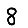
Digit: 8